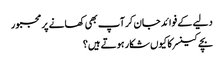
دلیے کے فوائد جان کر آپ بھی کھانے پر مجبور
بچے کینسر کا کیوں شکار ہوتے ہیں؟